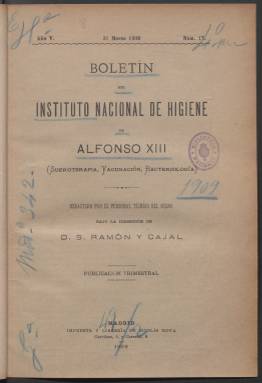
Título: Boletín del Instituto Nacional de Higiene de Alfonso XIII
Colección: Medicina
Ámbito geográfico: Madrid
Lugar de publicación: Madrid
Fechas: 31/03/1909-31/12/1919